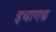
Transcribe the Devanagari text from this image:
इचागढ